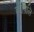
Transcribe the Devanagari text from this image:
कंपिलि